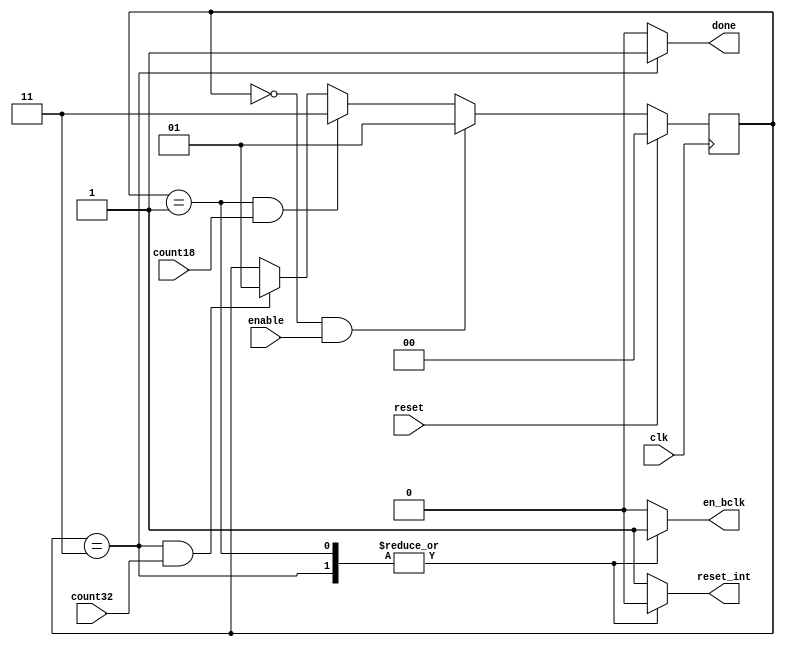
module FSM(reset,clk,enable,count18,count32,reset_int,done, en_bclk);

	input wire reset;
	input wire clk;
	input wire enable;
	input wire count18;
	input wire count32;
	output reg reset_int;
	output reg done;
	output reg en_bclk;

    localparam e_reset = 2'b00;
    localparam e_espera = 2'b01;
    localparam e_leer = 2'b11;

    reg [1:0] next_state =  e_reset;
    reg [1:0] state = e_reset;

	always@(reset, enable, count18, count32, state)
		begin
			if(reset)
				next_state = e_reset;
			    else
				if((state == e_reset) && enable)                
				    next_state = e_espera;
				else
				    if((state == e_espera) && count18)
				        next_state = e_leer;
				    else
				        if((state == e_leer) && count32)
				            next_state = e_espera;
				        else
				            next_state = state;
		end
    
    always@(posedge clk)
        if(reset)
            state = e_reset;
        else
            state = next_state;

    always@(state)
        case (state)
            e_reset:
                begin
                    done = 1'b0;
                    reset_int = 1'b1;
                    en_bclk = 1'b0;
                end
            e_espera:
                begin
                    done = 1'b0;
                    reset_int = 1'b0;
                    en_bclk = 1'b1;
                end
            e_leer:
                begin
                    done = 1'b1;
                    reset_int = 1'b0;
                    en_bclk = 1'b1;
                end
            default:
                begin
                    done = 1'b0;
                    reset_int = 1'b1;
                    en_bclk = 1'b0;
                end
		endcase
endmodule